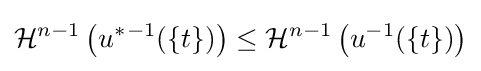
{\mathcal {H}}^{n-1}\left(u^{*}{}^{-1}(\{t\})\right)\leq {\mathcal {H}}^{n-1}\left(u^{-1}(\{t\})\right)